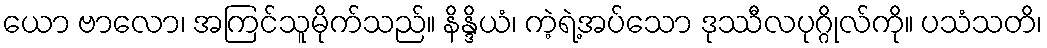
ယော ဗာလော၊ အကြင်သူမိုက်သည်။ နိန္ဒိယံ၊ ကဲ့ရဲ့အပ်သော ဒုဿီလပုဂ္ဂိုလ်ကို။ ပသံသတိ၊